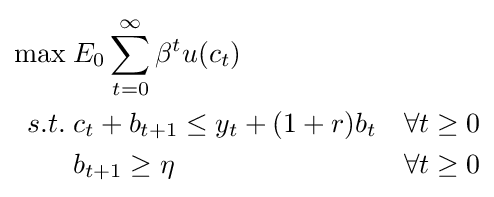
{\begin{aligned}\max \;&E_{0}\sum _{t=0}^{\infty }\beta ^{t}u(c_{t})\\s.t.\;&c_{t}+b_{t+1}\leq y_{t}+(1+r)b_{t}&\forall t\geq 0\\&b_{t+1}\geq \eta &\forall t\geq 0\end{aligned}}